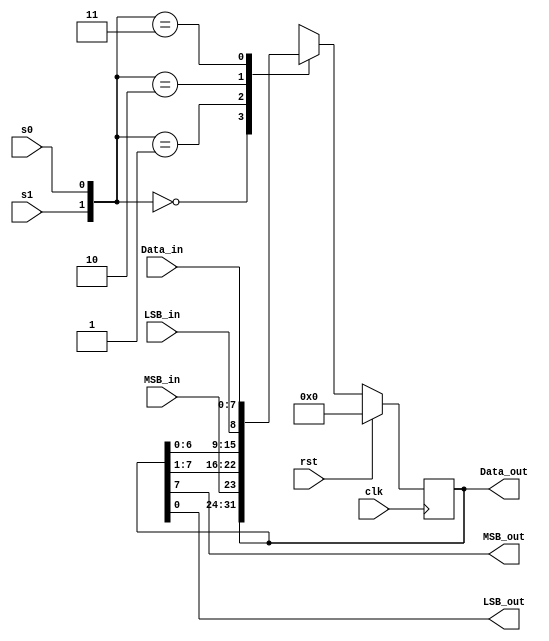
/*

	File name    : Universal_Shift_Reg
	LastEditors  : H
	LastEditTime : 2021-10-26 17:23:15
	Last Version : 1.0
	Description  : Contains Parallel Shift, Msb and lsb shift
                    output also can be Serial or Parallel
	
	----------------------------------------------------------------------------------------
	
	Author       : H
	Date         : 2021-10-26 17:21:11
	FilePath     : \Verilog_HDL\Universal_Shift_Reg.v
	Copyright 2021 H, All Rights Reserved. 

*/

module Universal_Shift_Reg 
#(parameter word_size = 8) 
(
    output  reg [word_size - 1 : 0] Data_out,
    output                          MSB_out,LSB_out,
    input       [word_size - 1 : 0] Data_in,
    input                           MSB_in,LSB_in,
    input                           s1,s0,clk,rst  
);
    assign MSB_out = Data_out[word_size - 1];
    assign LSB_out = Data_out[0];
    always @(posedge clk) begin
        if (rst) begin
            Data_out <= 0;
        end
        else case ({s1, s0})
            0 : Data_out <= Data_out;
            1 : Data_out <= {MSB_in, Data_out[word_size - 1 : 1]};
            2 : Data_out <= {Data_out[word_size - 2 : 0], LSB_in};
            3 : Data_out <= Data_in; 
        endcase
    end
endmodule